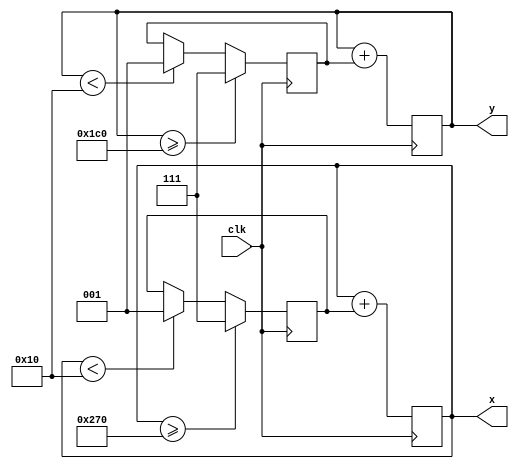
`timescale 1ns / 1ps
module ball(
    input clk,
    output [9:0] x,
    output [9:0] y
    );

	localparam MAX_X = 640;
	localparam MAX_Y = 480;
	localparam WALL_SIZE = 16;
	localparam BALL_SIZE = 16;

	reg [9:0] x_reg = MAX_X/2, y_reg = MAX_Y/2;
	reg signed [2:0] x_vel = 1, y_vel = 1;

	always @(posedge clk)
	begin
		if ( x_reg >= MAX_X - BALL_SIZE )
			x_vel <= -1;
		else if ( x_reg < WALL_SIZE )
			x_vel <= 1;
			
		if ( y_reg >= MAX_Y - (WALL_SIZE + BALL_SIZE) )
			y_vel <= -1;
		else if ( y_reg < WALL_SIZE )
			y_vel <= 1;

		x_reg <= x_reg + x_vel;
		y_reg <= y_reg + y_vel;
	end

	assign x = x_reg;
	assign y = y_reg;

endmodule